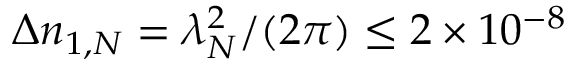
\Delta n _ { 1 , N } = \lambda _ { N } ^ { 2 } / ( 2 \pi ) \leq 2 \times 1 0 ^ { - 8 }